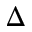
\Delta